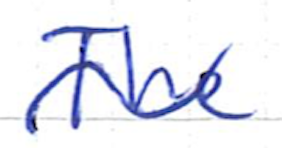
Text: The
Cross-out: mix
Writing tool: ballpoint